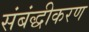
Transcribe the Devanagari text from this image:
संबंद्धीकरण